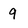
Character: 9